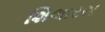
શિલારસ